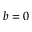
b = 0